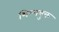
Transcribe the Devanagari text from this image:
शिल्पयुक्त